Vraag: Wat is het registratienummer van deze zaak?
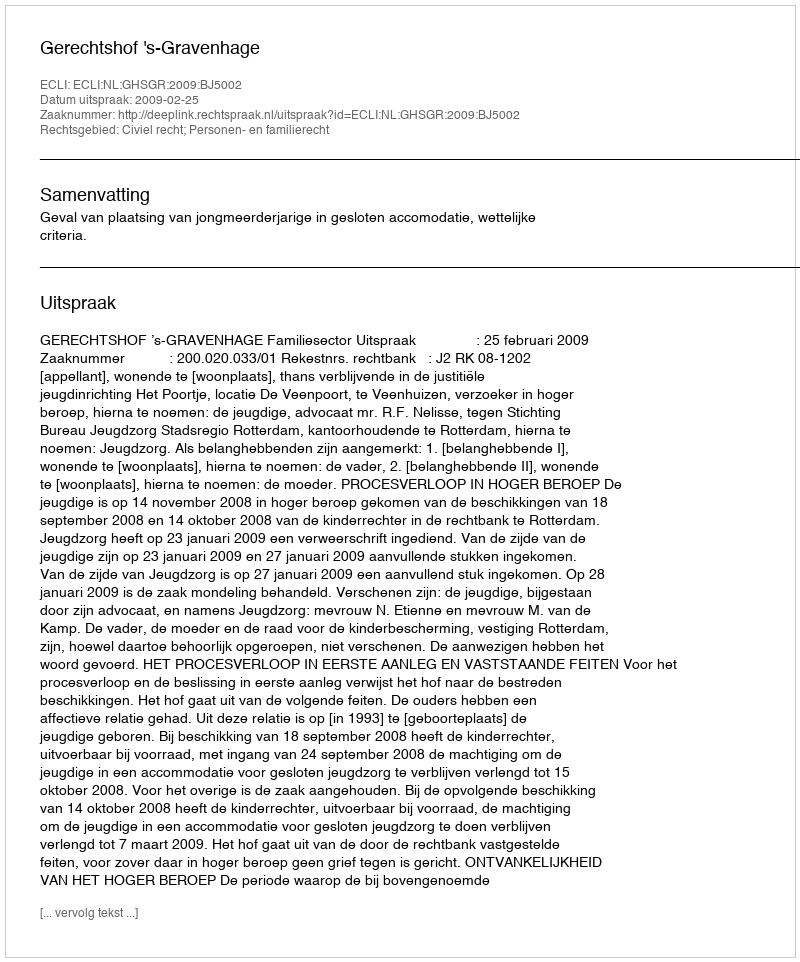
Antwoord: http://deeplink.rechtspraak.nl/uitspraak?id=ECLI:NL:GHSGR:2009:BJ5002